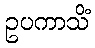
ဥပကာသိံ